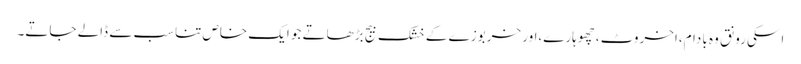
اسکی رونق وہ بادام،اخروٹ ،چھوہارے،اور خربوزے کے خشک بیج بڑھاتے جو ایک خاص تناسب سے ڈالے جاتے۔